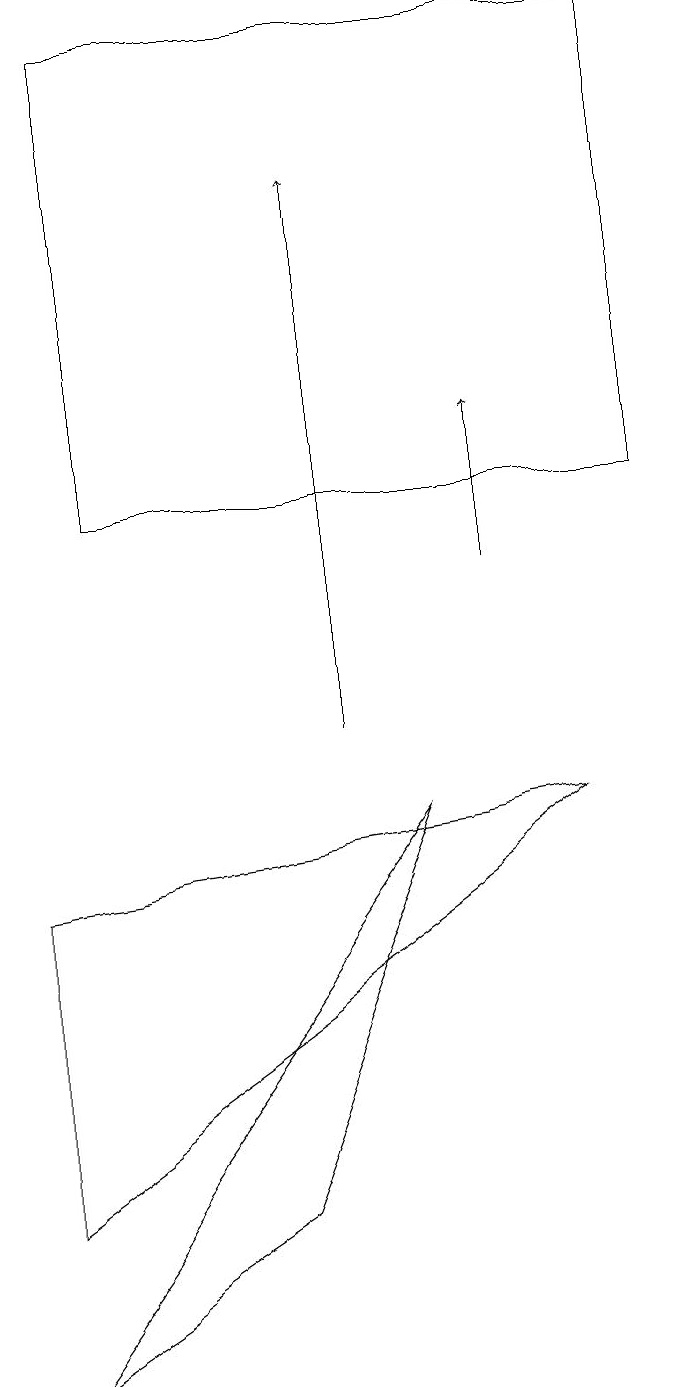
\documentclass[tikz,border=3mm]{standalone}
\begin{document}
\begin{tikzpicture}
\draw[->] (4,10) -- (4,17);
\draw[->] (6,12) -- (6,14);
\draw (0,8) -- (0,4) -- (7,9) -- cycle;
\draw (8,13) rectangle (1,19);
\draw (0,2) -- (3,4) -- (5,9) -- cycle;
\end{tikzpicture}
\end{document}